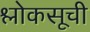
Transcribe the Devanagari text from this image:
श्लोकसूची